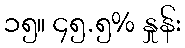
၁၅။ ၄၅.၅% နှုန်း